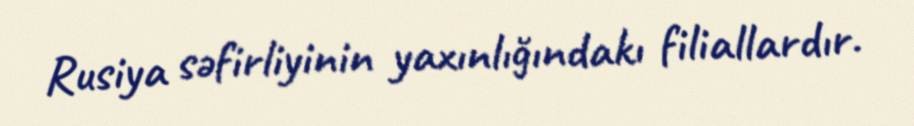
Rusiya səfirliyinin yaxınlığındakı filiallardır.